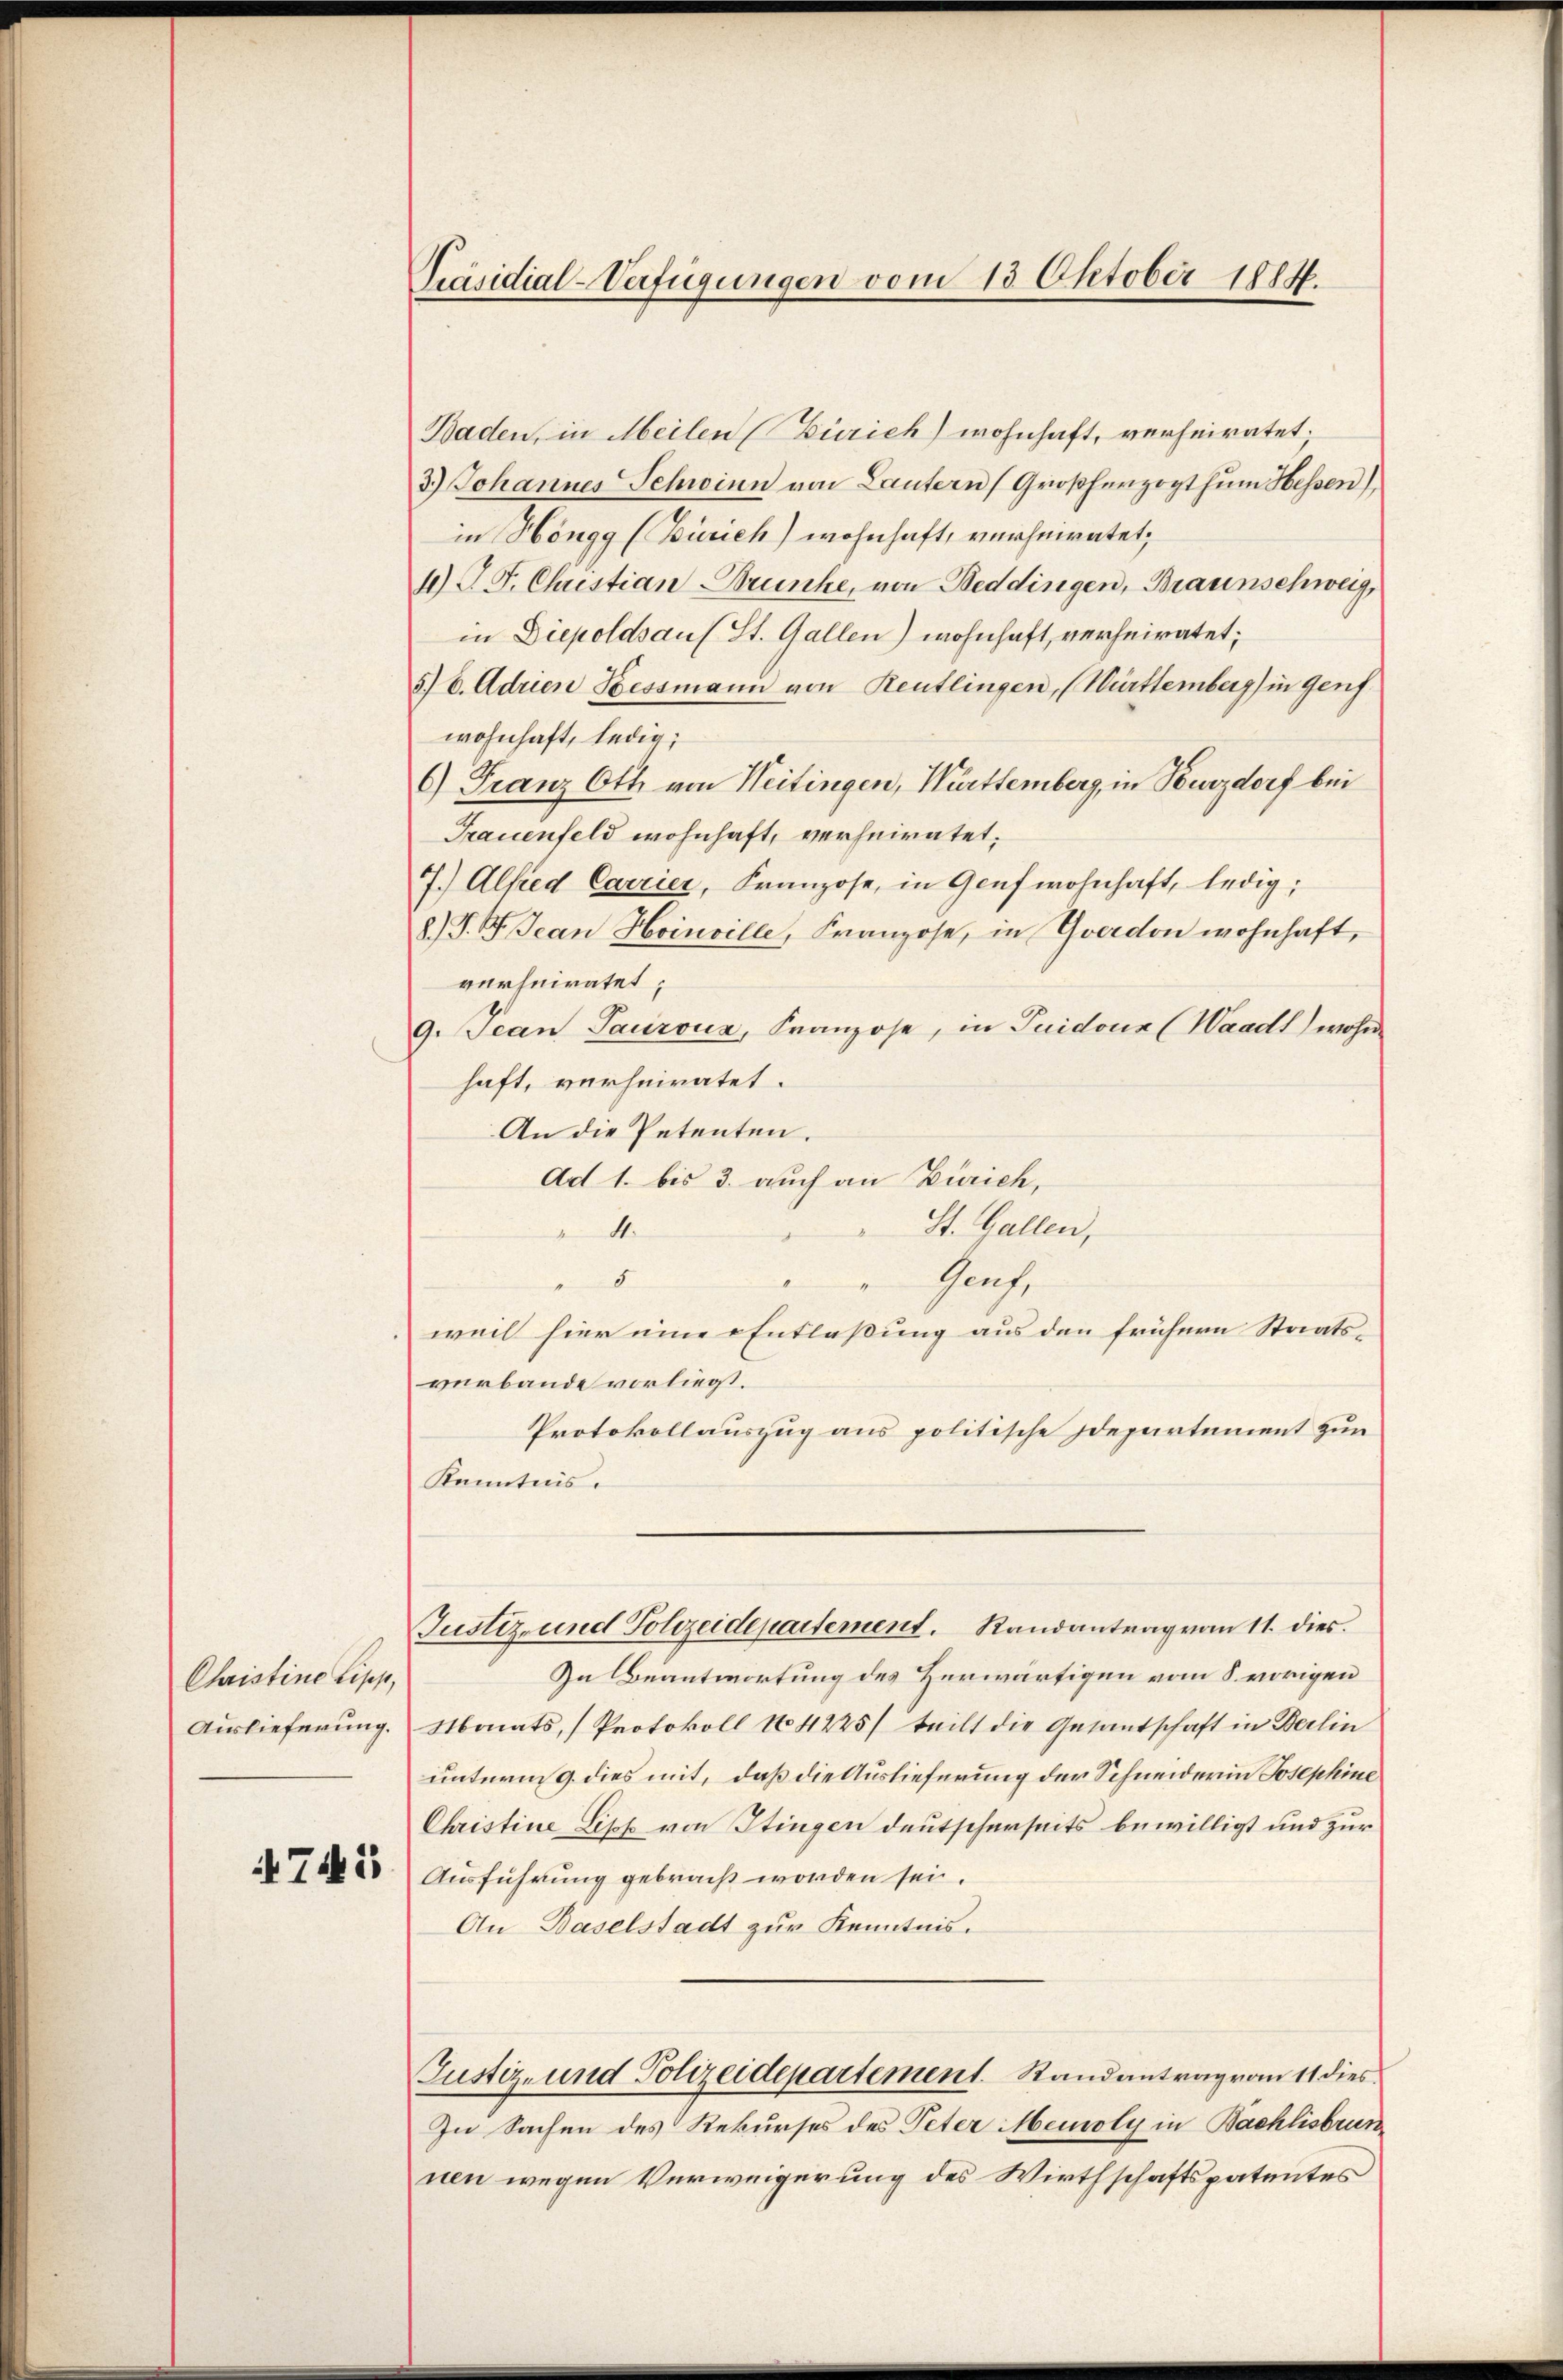
Christine Lipp,
Auslieferung.

745

Präsidial-Verfügungen vom 13. Oktober 1814.

Baden, in Meilen (Zürich) wohnhaft, verheiratet;
3.) Johannes Schwinn von Lautern Großherzogthum Hessen)
in Höngg (Zürich) wohnhaft, verheiratet;
4) J. J. Christian Brünke, von Beddingen, Braunschweig,
in Diepoldsaus St. Gallen) wohnhaft, verheiratet;
5). Adrien Hessmann von Reutlingen, (Württemberg) in Genf.
wohnhaft, ledig;
6) Franz Ott von Heitingen, Württemberg, in Burzdorf bei
Frauenfeld wohnhaft, verheiratet,
7.) Alfred Carrier, Franzose, in Genf wohnhaft, ledig,
8) S. B. Jean Hoinville, Franzose, in Yverdon wohnhaft,
verheiratet;
9. Jean Paurouz, Franzose, in Guidouz (Waadt) wohne
haft, verheiratet.
An die Petenten.
Art 1. bis 3. auch an Zürich,
St. Gallen,
4.
5
Genf,
weil hier eine Entlassung aus den frühern Staats-
verbande vorliegt.
Protokollauszug aus politische Departement zum
Kenntnis.
Justiz- und Polizeidepartement. Randantrag vom 11. dies
In Beantwortung des Herwärtigen vom 8. vorigen
Monats, (Protokoll No 4225/ teilt die Gesantschaft in Berlin
unterm 9. dies mit, daß die Auslieferung der Schneiderin Josephine
Christine Lisos von Stingen deutscherseits bewilligt und zur
Ausführung gebracht worden sei.
An Baselstadt zur Kenntnis.
Justiz- und Polizeidepartement. Randantrag vom 11 dies¬
In Sachen des Rekurses des Peter Meioly in Bachlisbrunnen wegen Verweigerung des Wirthschaftspatentes